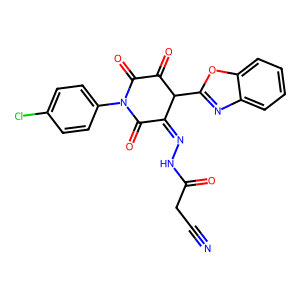
SMILES: N#CCC(=O)NN=C1C(=O)N(c2ccc(Cl)cc2)C(=O)C(=O)C1c1nc2ccccc2o1
Inhibits HIV replication: No